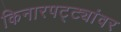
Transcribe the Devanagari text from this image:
किनारपट्ट्यांवर